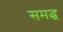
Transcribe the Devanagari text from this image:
समद्ध